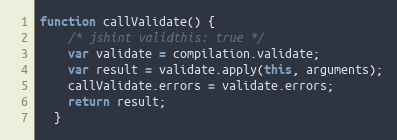
Language: JavaScript
function callValidate() {
    /* jshint validthis: true */
    var validate = compilation.validate;
    var result = validate.apply(this, arguments);
    callValidate.errors = validate.errors;
    return result;
  }